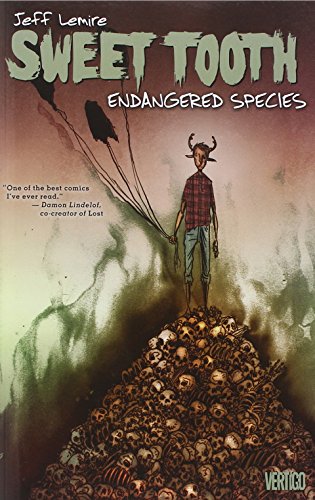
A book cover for Sweet Tooth Vol. 4: Endangered Species; Jeff Lemire; Science & Math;